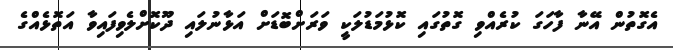
އެގޮތުން އޭނާ ފާހަގަ ކުރެއްވި ގޮތުގައި ކޮޅުމަޑުލަކީ ވަރަށްބޮޑަށް އަޅާނުލައި ދޫކޮށްލެވިފައިވާ އަތޮޅެއްގެ